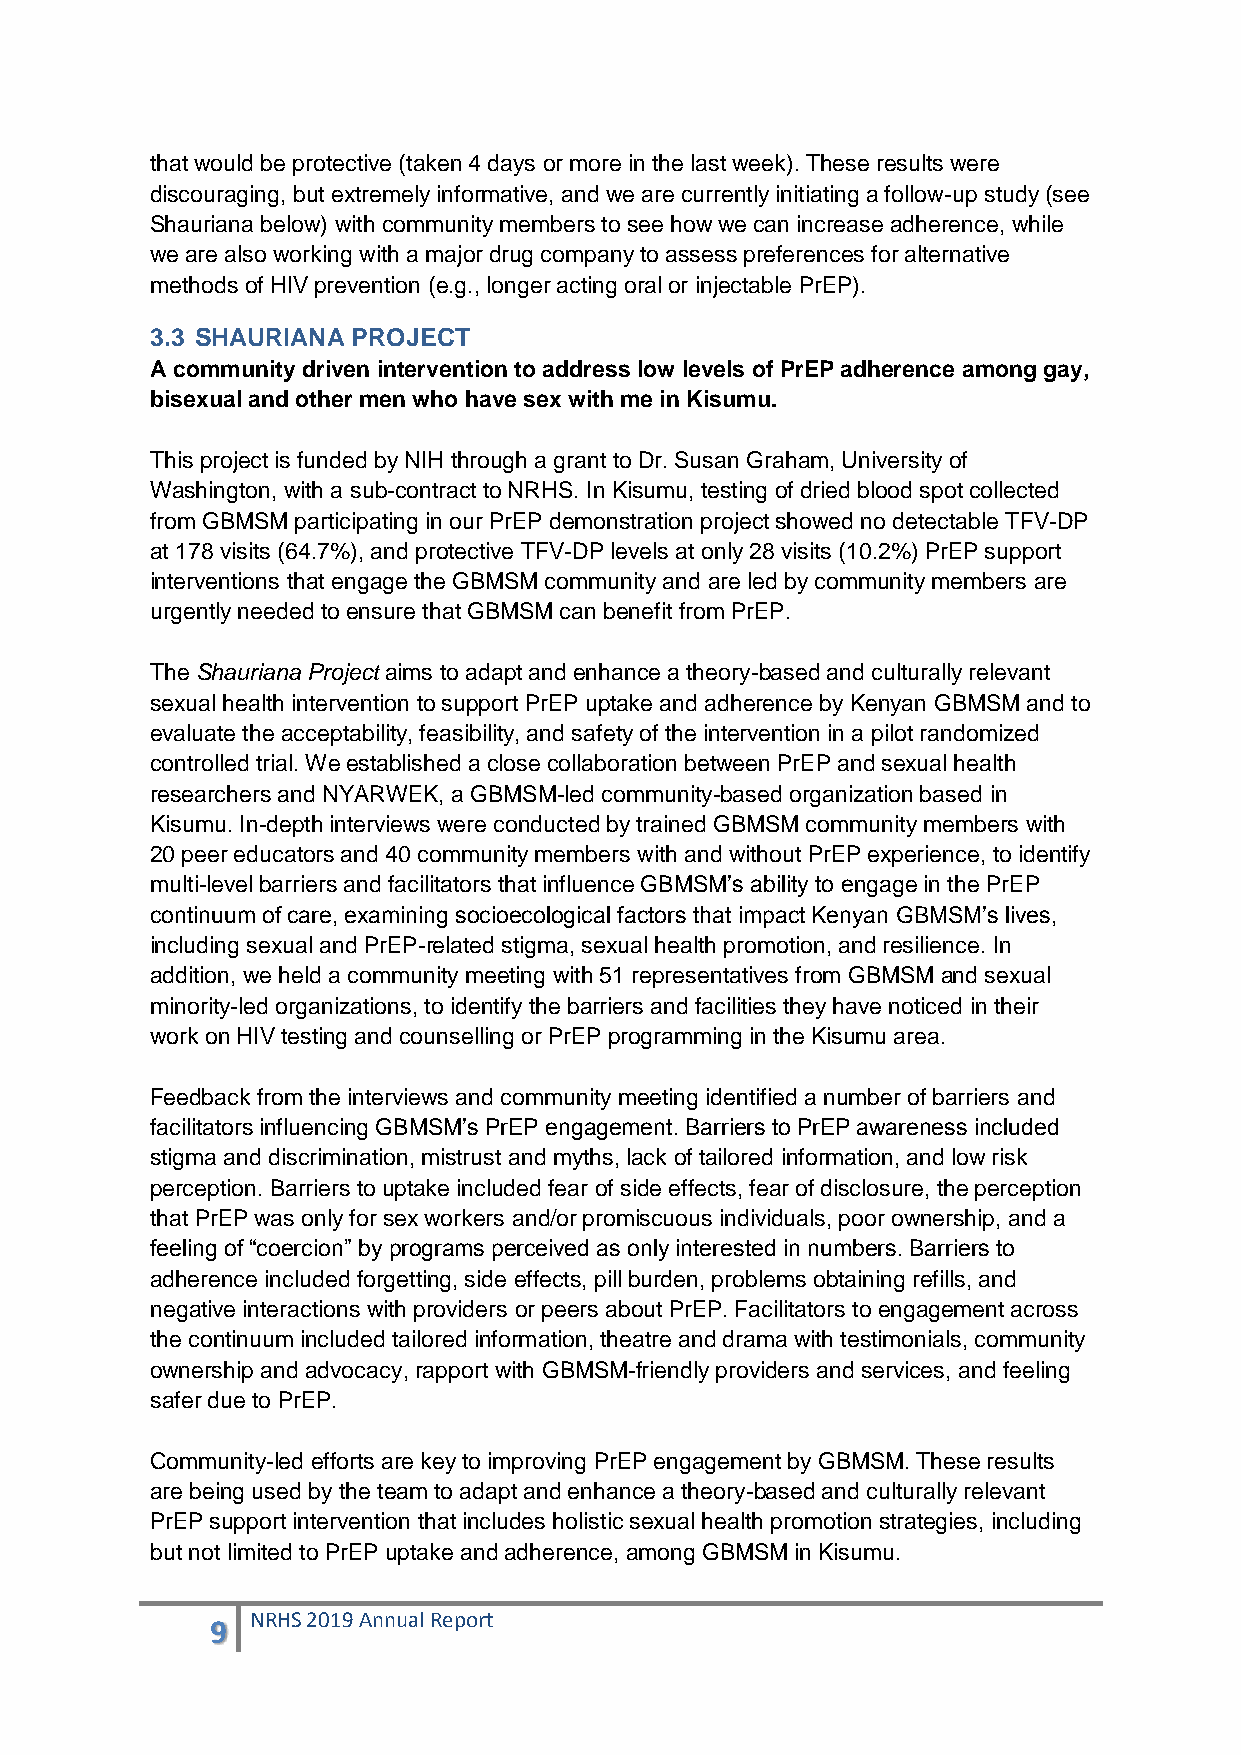
that would be protective (taken 4 days or more in the last week). These results were
 discouraging, but extremely informative, and we are currently initiating a follow-up study (see
 Shauriana below) with community members to see how we can increase adherence, while
 we are also working with a major drug company to assess preferences for alternative
 methods of HIV prevention (e.g., longer acting oral or injectable PrEP).
 3.3 SHAURIANA PROJECT
 A community driven intervention to address low levels of PrEP adherence among gay,
 bisexual and other men who have sex with me in Kisumu.
 This project is funded by NIH through a grant to Dr. Susan Graham, University of
 Washington, with a sub-contract to NRHS. In Kisumu, testing of dried blood spot collected
 from GBMSM participating in our PrEP demonstration project showed no detectable TFV-DP
 at 178 visits (64.7%), and protective TFV-DP levels at only 28 visits (10.2%) PrEP support
 interventions that engage the GBMSM community and are led by community members are
 urgently needed to ensure that GBMSM can benefit from PrEP.
 The Shauriana Project aims to adapt and enhance a theory-based and culturally relevant
 sexual health intervention to support PrEP uptake and adherence by Kenyan GBMSM and to
 evaluate the acceptability, feasibility, and safety of the intervention in a pilot randomized
 controlled trial. We established a close collaboration between PrEP and sexual health
 researchers and NYARWEK, a GBMSM-led community-based organization based in
 Kisumu. In-depth interviews were conducted by trained GBMSM community members with
 20 peer educators and 40 community members with and without PrEP experience, to identify
 multi-level barriers and facilitators that influence GBMSM‟s ability to engage in the PrEP
 continuum of care, examining socioecological factors that impact Kenyan GBMSM‟s lives,
 including sexual and PrEP-related stigma, sexual health promotion, and resilience. In
 addition, we held a community meeting with 51 representatives from GBMSM and sexual
 minority-led organizations, to identify the barriers and facilities they have noticed in their
 work on HIV testing and counselling or PrEP programming in the Kisumu area.
 Feedback from the interviews and community meeting identified a number of barriers and
 facilitators influencing GBMSM‟s PrEP engagement. Barriers to PrEP awareness included
 stigma and discrimination, mistrust and myths, lack of tailored information, and low risk
 perception. Barriers to uptake included fear of side effects, fear of disclosure, the perception
 that PrEP was only for sex workers and/or promiscuous individuals, poor ownership, and a
 feeling of “coercion” by programs perceived as only interested in numbers. Barriers to
 adherence included forgetting, side effects, pill burden, problems obtaining refills, and
 negative interactions with providers or peers about PrEP. Facilitators to engagement across
 the continuum included tailored information, theatre and drama with testimonials, community
 ownership and advocacy, rapport with GBMSM-friendly providers and services, and feeling
 safer due to PrEP.
 Community-led efforts are key to improving PrEP engagement by GBMSM. These results
 are being used by the team to adapt and enhance a theory-based and culturally relevant
 PrEP support intervention that includes holistic sexual health promotion strategies, including
 but not limited to PrEP uptake and adherence, among GBMSM in Kisumu.
 9  NRHS 2019 Annual Report